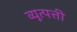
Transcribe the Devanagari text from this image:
व्यूत्पत्ती